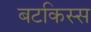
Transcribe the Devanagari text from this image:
बटकिस्स